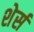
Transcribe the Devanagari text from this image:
शेर्स